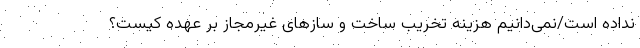
نداده است/نمی‌دانیم هزینه تخریب ساخت و سازهای غیرمجاز بر عهده کیست؟